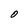
Character: O